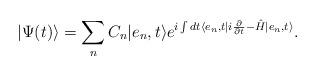
LaTeX: \begin{align*}\vert \Psi (t) \rangle = \sum_{n} C_n \vert e_n , t \rangle e^{i \int dt \langle e_n, t \vert i \frac{\partial}{\partial t} - \hat{H} \vert e_n, t \rangle }.\end{align*}